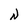
Character: N